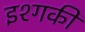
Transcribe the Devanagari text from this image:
इश्गकी